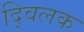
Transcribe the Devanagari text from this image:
द्विलक